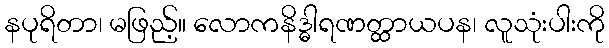
နပုရိတာ၊ မဖြည့်။ လောကနိဒ္ဓါရဏတ္ထာယပန၊ လူသုံးပါးကို